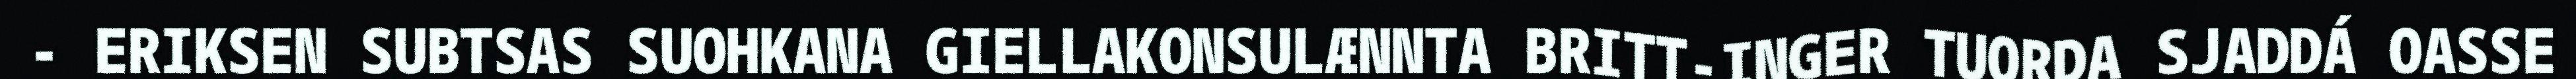
- ERIKSEN SUBTSAS SUOHKANA GIELLAKONSULÆNNTA BRITT-INGER TUORDA SJADDÁ OASSE